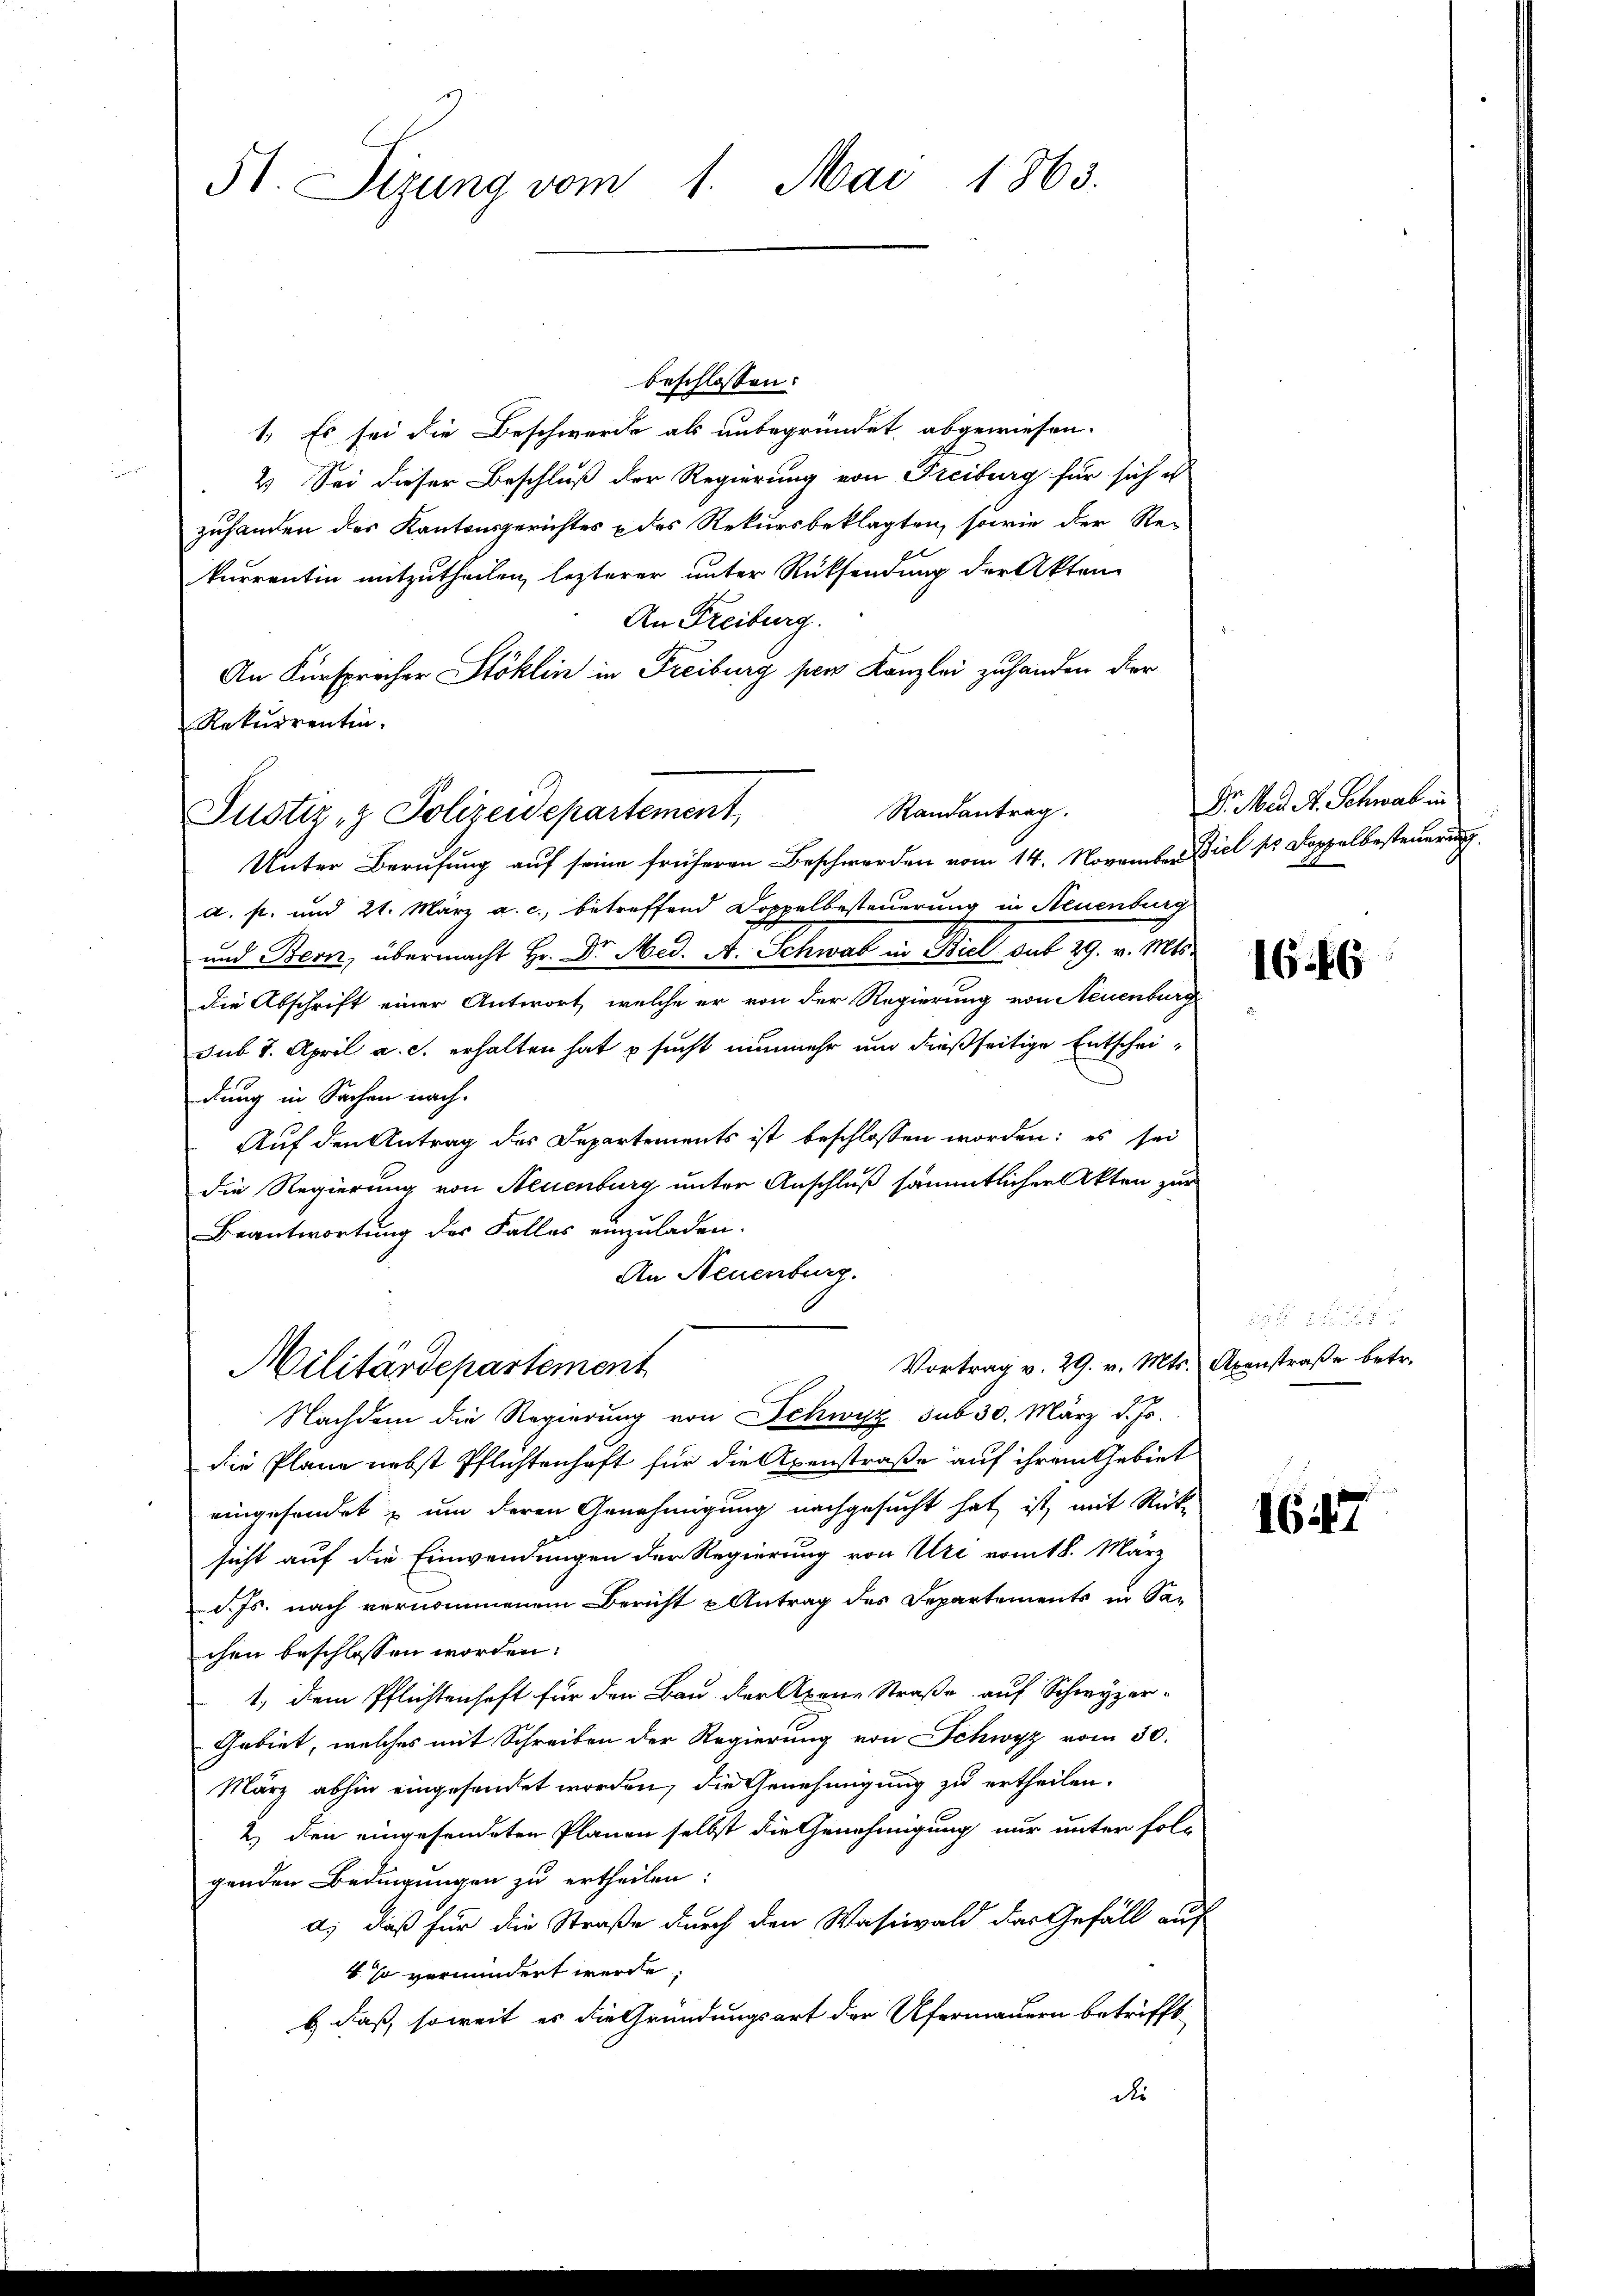
51. Sizung vom 1. Mai 1863.

An Fürsprecher Stoklin in Freiburg per Kanzlei zuhanden der
Rekurrentin.
Justiz- & Polizeidepartement,

beschlossen:
1. Es sei die Beschwerde als unbegründet, abgewiesen.
2.) Sei dieser Beschluß der Regierung von Freiburg für sich e
zuhanden das Kantonsgerichtes & des Rekursbeklagten, sowie der Re-
kurrentin mitzutheilen lezterer unter Rücksendung der Akten
An Freiburg.
Unter Berufung auf seine früheren Beschwerden vom 14. November Ziel so doppelbesteuerung
a. p. und 21. März a. c., betreffend Doppelbesteuerung in Neuenburg
und Bern, übermacht Hr. Dr. Mad. A. Schwal in Biel auf 29. v. Mts.
die Abschrift einer Antwort, welche er von der Regierung von Neuenburg
sub 8. April a. c. erhalten hat sucht nunmehr und dießseitige Entscheidung in Sachen nach-
Auf den Antrag des Departements ist beschlossen worden: es sei
die Regierung von Neuenburg unter Anschluß sämmtlichen Akten zur
Beantwortung der Falles einzuladen.
An Neuenburg.
Vortrag v. 29. v. Mts. Axenstraße betr.
Militärdepartement
Nachdem die Regierung von Schwyz sub 30. März d. Js.
die Plane nebst Pflichtenhaft für die Axenstraße auf ihrem Gebiet
eingefandet & um deren Genehmigung nachgesucht hat, ist, mit Rück-
sicht auf die Einwendungen der Regierung von Uri vom 18. März
d. Js. nach vernommenem Bericht Antrag des Departements in Sa-
chen beschlossen worden:
1., dem Pflichtenhaft für den Bau der Axene Straße auf Schwyzer-
Gebiet, welches mit Schreiben der Regierung von Schwyz vom 30.
März abhin eingesendet worden, die Genehmigung zu ertheilen.
2.) den eingesendeten Planen selbst die Genehmigung nur unter fol-
genden Bedingungen zu ertheilen:
a.) daß für die Straße durch den Wasiwald das Gefäll auf
4. so vermindert werde;
b. daß soweit es die Gründungsart der Ufermauern betrifft
die

Randantrag.

Dr. Mad. A. Schwab in

166

F 1

1647